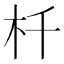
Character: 杄